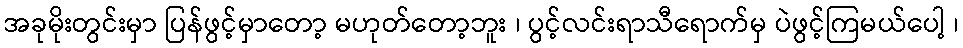
အခုမိုးတွင်းမှာ ပြန်ဖွင့်မှာတော့ မဟုတ်တော့ဘူး ၊ ပွင့်လင်းရာသီရောက်မှ ပဲဖွင့်ကြမယ်ပေါ့ ၊